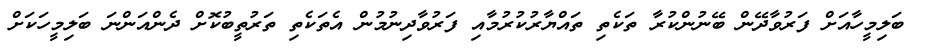
ބަލިމީހާއަށް ފަރުވާދޭން ބޭނުންކުރާ ތަކެތި ތައްޔާރުކުރުމާއި ފަރުވާދިނުމުން އެތަކެތި ތަރުތީބުކޮށް ދެންއަންނަ ބަލިމީހަކަށް